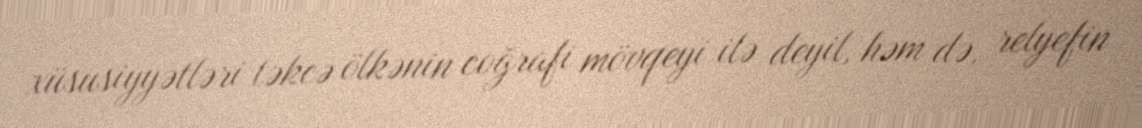
xüsusiyyətləri təkcə ölkənin coğrafi mövqeyi ilə deyil, həm də, relyefin